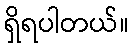
ရှိရပါတယ်။